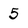
Character: 5